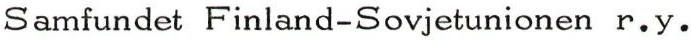
Samfundet Finland-Sovjetunionen r.y.